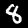
Label: 8